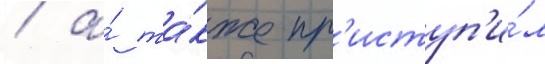
/ а́ та́кже пр'иступ'и́л